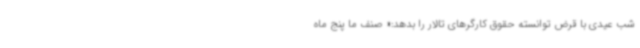
شب عیدی با قرض توانسته حقوق کارگرهای تالار را بدهد:« صنف ما پنج ماه